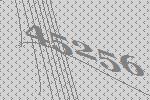
45256